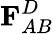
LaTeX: {\mathbf F}_{AB}^{D}